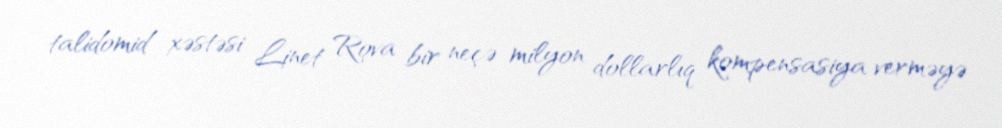
talidomid xəstəsi Linet Rova bir neçə milyon dollarlıq kompensasiya verməyə